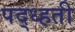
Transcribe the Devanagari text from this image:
पद्ध्हती